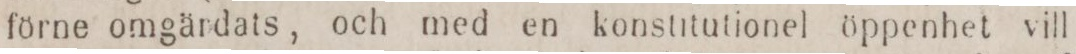
förne omgärdats, och med en konstitutionel öppenhet vill